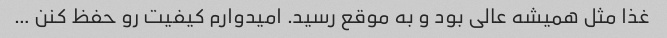
غذا مثل همیشه عالی بود و به موقع رسید. امیدوارم کیفیت رو حفظ کنن …